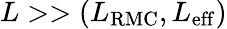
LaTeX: L>>(L_{\mathrm{RMC}},L_{\mathrm{eff}})